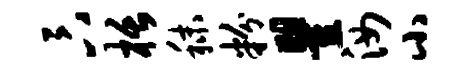
卞栝秣粉瞿汝小